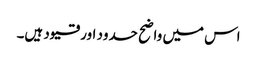
اس میں واضح حدود اور قیود ہیں۔